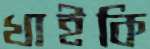
খাইকি